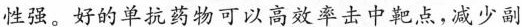
性强。好的单抗药物可以高效率击中靶点,减少副